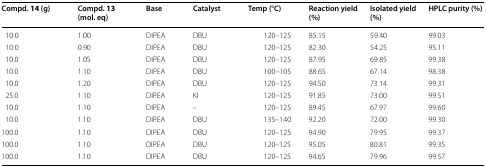
| Compd. 14 (g) | Compd. 13 (mol. eq) | Base | Catalyst | Temp (°C) | Reaction yield (%) | Isolated yield (%) | HPLC purity (%) |
 | --- | --- | --- | --- | --- | --- | --- | --- |
 | 10.0 | 1.00 | DIPEA | DBU | 120–125 | 85.15 | 59.40 | 99.03 |
 | 10.0 | 0.90 | DIPEA | DBU | 120–125 | 82.30 | 54.25 | 95.11 |
 | 10.0 | 1.05 | DIPEA | DBU | 120–125 | 87.95 | 69.85 | 99.38 |
 | 10.0 | 1.10 | DIPEA | DBU | 100–105 | 88.65 | 67.14 | 98.38 |
 | 10.0 | 1.20 | DIPEA | DBU | 120–125 | 94.50 | 73.14 | 99.31 |
 | 25.0 | 1.10 | DIPEA | KI | 120–125 | 91.85 | 73.00 | 99.51 |
 | 10.0 | 1.10 | DIPEA | – | 120–125 | 89.45 | 67.97 | 99.60 |
 | 10.0 | 1.10 | DIPEA | DBU | 135–140 | 92.20 | 72.00 | 99.30 |
 | 100.0 | 1.10 | DIPEA | DBU | 120–125 | 94.90 | 79.95 | 99.37 |
 | 100.0 | 1.10 | DIPEA | DBU | 120–125 | 95.05 | 80.81 | 99.35 |
 | 100.0 | 1.10 | DIPEA | DBU | 120–125 | 94.65 | 79.96 | 99.57 |